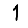
Digit: 1